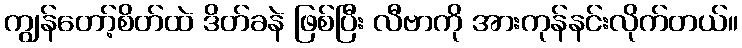
ကျွန်တော့်စိတ်ထဲ ဒိတ်ခနဲ ဖြစ်ပြီး လီဗာကို အားကုန်နင်းလိုက်တယ်။